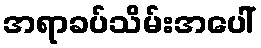
အရာခပ်သိမ်းအပေါ်